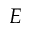
E